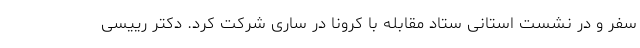
سفر و در نشست استانی ستاد مقابله با کرونا در ساری شرکت کرد. دکتر رییسی